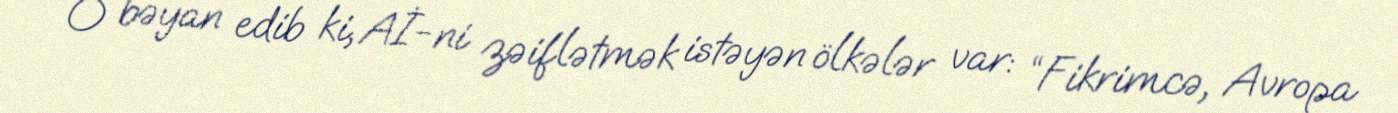
O bəyan edib ki, Aİ-ni zəiflətmək istəyən ölkələr var: “Fikrimcə, Avropa